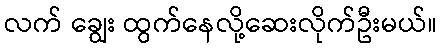
လက် ချွေး ထွက်နေလို့ဆေးလိုက်ဦးမယ်။